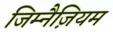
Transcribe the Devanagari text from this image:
जिम्नैज़ियम